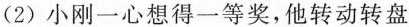
(2)小刚一心想得一等奖，他转动转盘